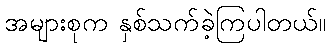
အများစုက နှစ်သက်ခဲ့ကြပါတယ်။